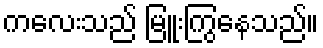
ကလေးသည် မြူးကြွနေသည်။